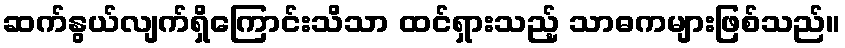
ဆက်နွယ်လျက်ရှိကြောင်းသိသာ ထင်ရှားသည့် သာဓကများဖြစ်သည်။